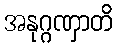
အနုဂ္ဂဏှာတိ